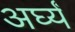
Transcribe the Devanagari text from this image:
अर्घ्यं